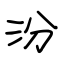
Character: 汾